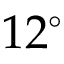
1 2 ^ { \circ }